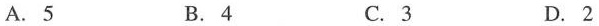
A.5 B.4 C.3 D.2